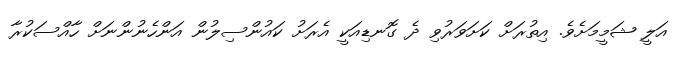
އަލީ ޝަމީމަށެވެ. އިތުރަށް ކަށަވަރުވި ދެ ގޮނޑިއަކީ އެރަށު ކައުންސިލުން އަންހެނުންނަށް ހާއްސަކުރާ